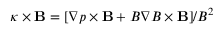
\kappa \times \mathbf { B } = [ \nabla p \times \mathbf { B } + B \nabla B \times \mathbf { B } ] / B ^ { 2 }